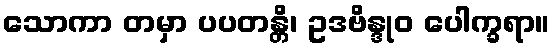
သောကာ တမှာ ပပတန္တိ၊ ဥဒဗိန္ဒုဝ ပေါက္ခရာ။